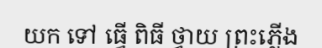
យក ទៅ ធ្វើ ពិធី ថ្វាយ ព្រះភ្លើង